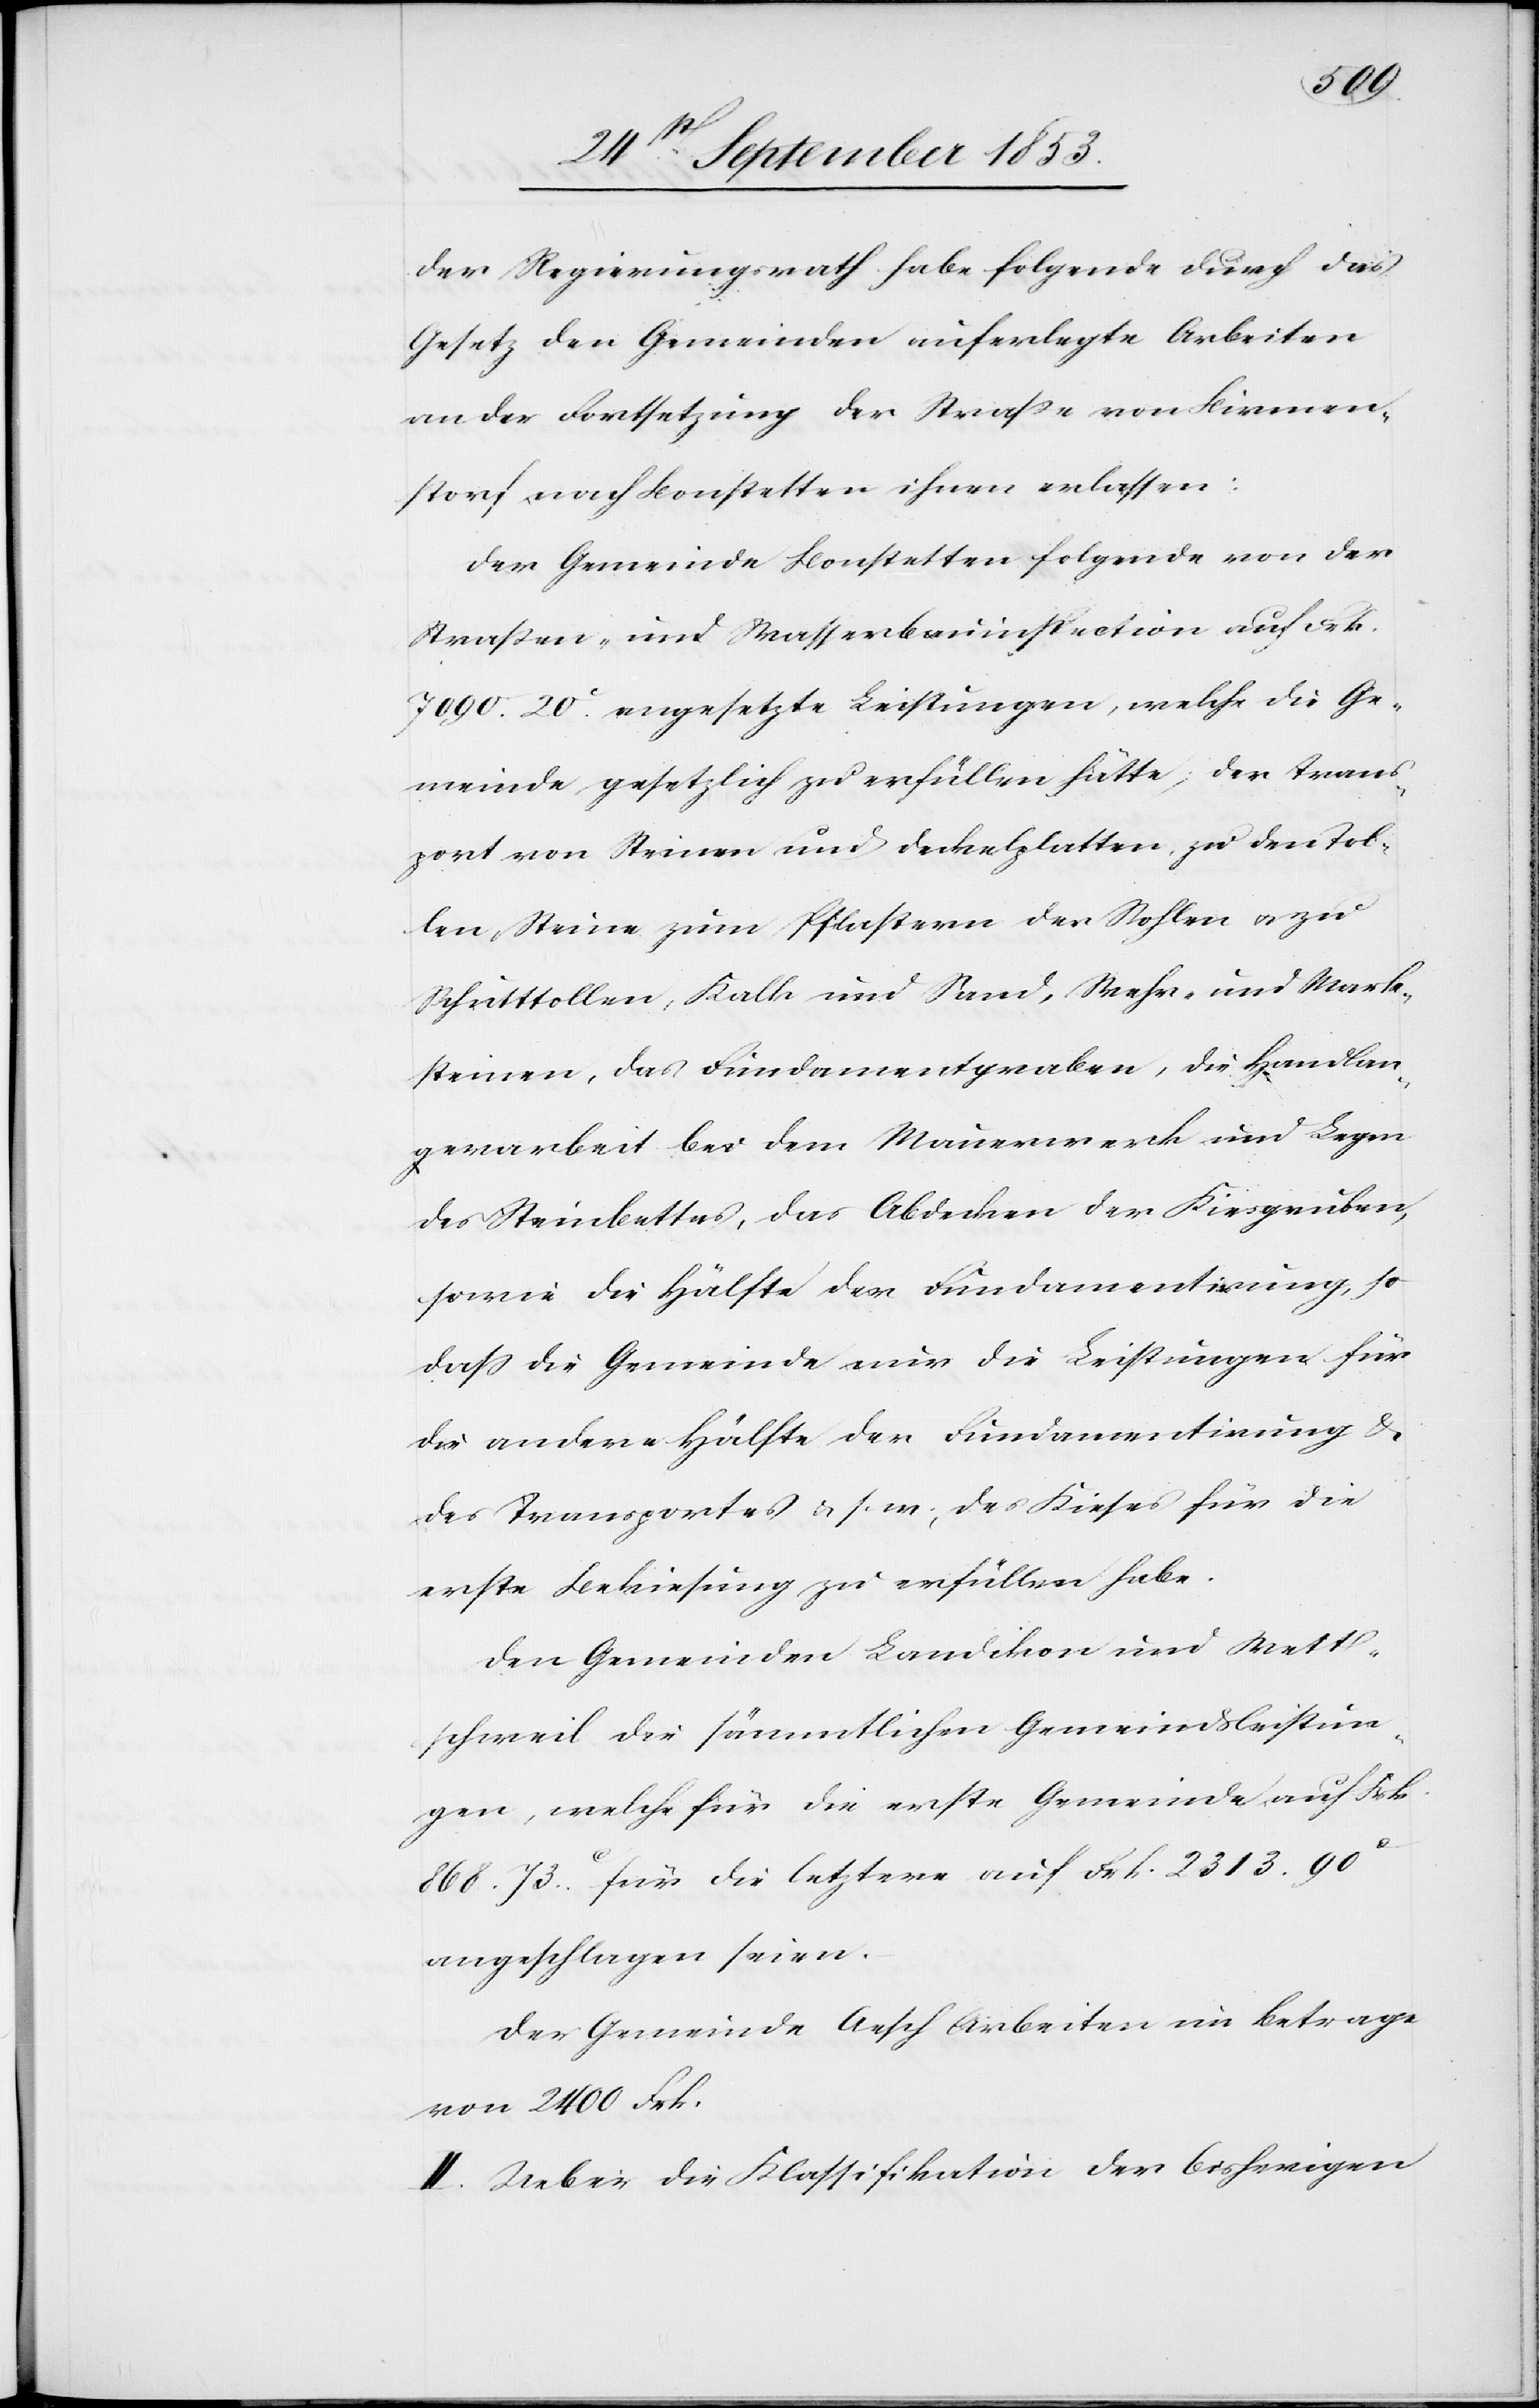
der Regierungsrath habe folgende durch das
Gesetz den Gemeinden auferlegte Arbeiten
an der Fortsetzung der Straße von Birmen¬
storf nach Bonstetten ihnen erlassen:
Der Gemeinde Bonstetten folgende von der
Straßen- und Wasserbauinspection auf Frk.
7090. 20c angesetzte Leistungen, welche die Ge¬
meinde gesetzlich zu erfüllen hätte, der Trans¬
port von Steinen und Deckelplatten zu den Tol¬
len, Steine zum Pflastern der Stohlen u. zu
Schnitttollen, Kalk und Sand, Wehr- und Mark¬
steinen, das Fundamentgraben, die Handlan¬
gerarbeit bei dem Mauerwerk und Legen
des Steinbettes, das Abdecken der Kiesgruben,
sowie die Hälfte der Fundamentirung, so
daß die Gemeinde nur die Leistungen für
die andere Hälfte der Fundamentirung u.
des Transportes u. s. w., des Kieses für die
erste Bekiesung zu erfüllen habe.
Den Gemeinden Landikon und Wett¬
schweil die sämmtlichen Gemeindsleistun¬
gen, welche für die erste Gemeinde auf Frk.
868. 73c für die letztere auf Frk. 2313. 90c
angeschlagen seien.
Der Gemeinde Aesch Arbeiten im Betragen
von 2400 Frk.
II. Ueber die Klassifikation der bisherigen